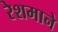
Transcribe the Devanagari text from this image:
रेशमाने